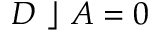
D ~ \rfloor ~ A = 0